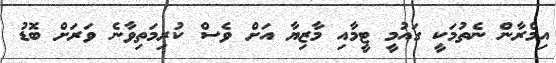
އިމްރާން ނެތުމަކީ ގައުމީ ޓީމާއި މާޒިޔާ އަށް ވެސް ކުރިމަތިވާނެ ވަރަށް ބޮޑު